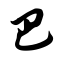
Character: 巴